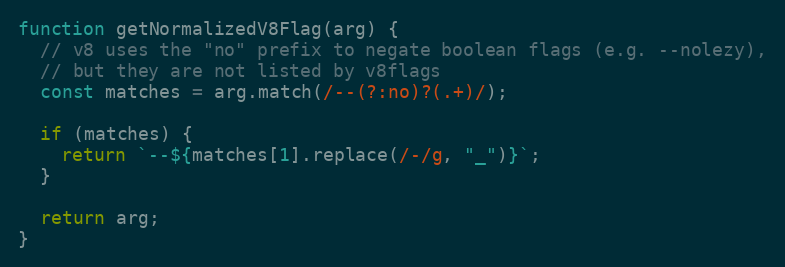
Language: JavaScript
function getNormalizedV8Flag(arg) {
  // v8 uses the "no" prefix to negate boolean flags (e.g. --nolezy),
  // but they are not listed by v8flags
  const matches = arg.match(/--(?:no)?(.+)/);

  if (matches) {
    return `--${matches[1].replace(/-/g, "_")}`;
  }

  return arg;
}